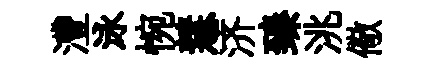
灃泳惋慧济臻洮儆